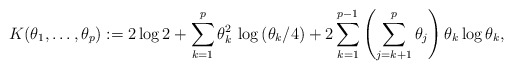
\begin{align*}K(\theta_{1},\ldots,\theta_{p}):= 2\log 2+\sum_{k=1}^{p}\theta_{k}^2\, \log \left(\theta_{k}/4\right)+2\sum_{k=1}^{p-1}\left(\sum_{j=k+1}^{p}\theta_{j}\right) \theta_{k}\log \theta_{k},\end{align*}